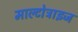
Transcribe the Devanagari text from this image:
माल्टोट्राइज